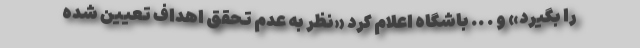
را بگیرد» و . .. باشگاه اعلام کرد «نظر به عدم تحقق اهداف تعیین شده